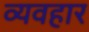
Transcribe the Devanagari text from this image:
व्यवहार